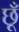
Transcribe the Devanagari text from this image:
छूँ